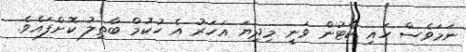
ނަމަވެސް ހައި ކޯޓުން ވަނީ މިދިޔަ އަހަރު އެ ހުކުމް ބާތިލު ކޮށްފައެވެ.